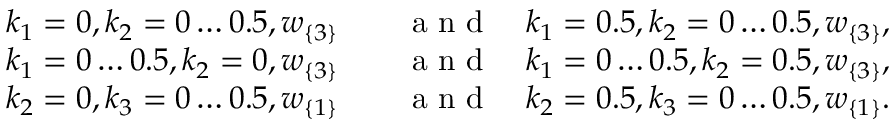
\begin{array} { r l } { k _ { 1 } = 0 , k _ { 2 } = 0 \ldots 0 . 5 , w _ { \{ 3 \} } \quad } & { { } \mathrm { ~ a ~ n ~ d ~ } \quad k _ { 1 } = 0 . 5 , k _ { 2 } = 0 \ldots 0 . 5 , w _ { \{ 3 \} } , } \\ { k _ { 1 } = 0 \ldots 0 . 5 , k _ { 2 } = 0 , w _ { \{ 3 \} } \quad } & { { } \mathrm { ~ a ~ n ~ d ~ } \quad k _ { 1 } = 0 \ldots 0 . 5 , k _ { 2 } = 0 . 5 , w _ { \{ 3 \} } , } \\ { k _ { 2 } = 0 , k _ { 3 } = 0 \ldots 0 . 5 , w _ { \{ 1 \} } \quad } & { { } \mathrm { ~ a ~ n ~ d ~ } \quad k _ { 2 } = 0 . 5 , k _ { 3 } = 0 \ldots 0 . 5 , w _ { \{ 1 \} } . } \end{array}